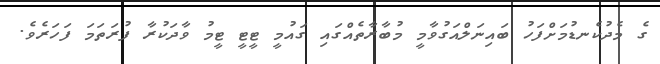
ގެ މެދުކެނޑުމަށްފަހު ބައިނަލްއަގުވާމީ މުބާރާތެއްގައި ގައުމީ ޓީޓީ ޓީމު ވާދަކުރާ ފުރަތަމަ ފަހަރެވެ.